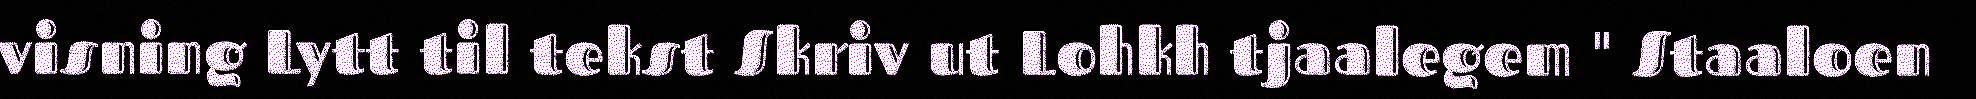
visning Lytt til tekst Skriv ut Lohkh tjaalegem " Staaloen